Vital statistics of India. Vol. V, Reports of 1876 on armies & jails and on epidemic cholera
Year: 1876
Disease focus: Cholera
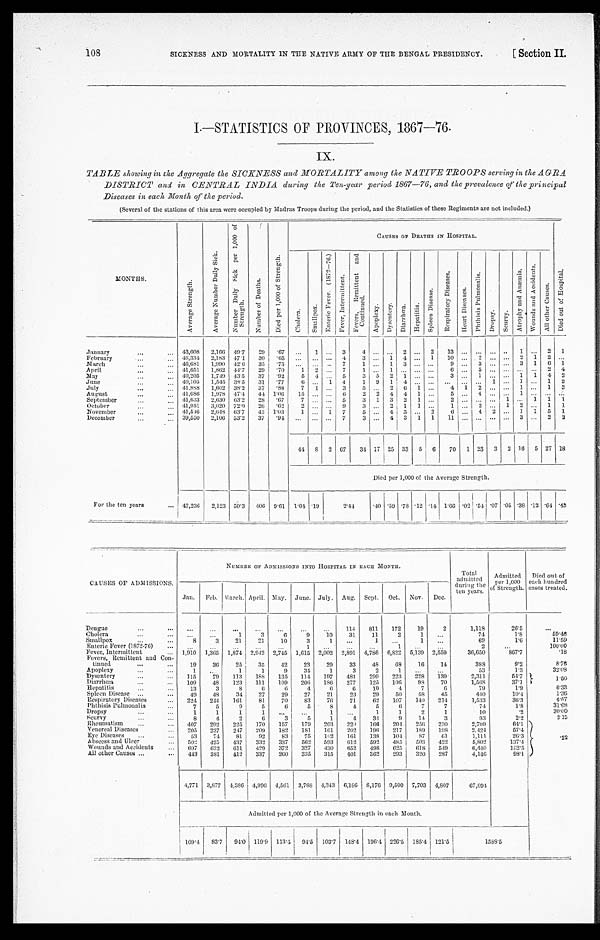
SICKNESS AND MORTALITY IN THE NATIVE ARMY OF THE BENGAL PRESIDENCY.
[Section II.
108
I.—STATISTICS OF PROVINCES, 1867—76.
IX.
TABLE showing in the Aggregate the SICKNESS and MORTALITY among the NATIVE TROOPS serving in the AGRA.
DISTRICT and in C ENTRAL INDIA during the Ten-year period 1867—76, and the prevalence of the principal
Diseases in each Month of the period.
(Several of the stations of this area were occupied by Madras Troops during the period, and the Statistics of these Regiments are not included.)
MONTHS.
A v e r a g e S t r e n g t h .
A v e r a g e N u m b e r D a i l y S i c k .
N u m b e r D a i l y S i c k p e r 1 , 0 0 0 o f S t r e n g t h .
N u m b e r o f D e a t h .
D i e d p e r 1 , 0 0 0 o f s t r e n g t h .
CAUSES OF DEATHS IN HOSPITAL.
D i e d o u t o f H o s p i t a l .
C h o l e r a .
S m a l l p o x .
E n t e r i c F e v e r . ( 1 8 7 2 - 7 6 . )
F e v e r I n t e r m i t t e n t . .
F e v e r , R e m i t t e n t a n d C o n t i n u e d .
A p o p l e x y .
D y s e n t e r y .
D i a r r h œ a .
H e p a t i t i s .
S p l e e n D i s e a s e .
R e s p i r a t o r y D i s e a s e s .
H e a r t D i s e a s e s .
P h t h i s i s P u l m o n a l i s .
D r o p s y .
S c u r v y .
A t r o p h y a n d A n æ m i a .
W o u n d s a n d A c c i d e n t s .
A l l o t h e r C a u s e s .
January . . .
43,608
2,166
49.7
29
.67
. . .
1
. . . 3
4
. . .. . .
2
. . .
2
1 3
. . .
. . .
. . .
. . .
1
. . .2
1
February. . .
46,334
2,183
47.1
30
.65
. . . . . .
. . .
4
3
. . . 1
4
. . . 1
10
. . .
2
. . .
. . . 2
1
2
. . .
March . . .
46,681
1,990
42.6
35
.75
. . .
. . .
. . . 7
1
. . . 1
3
. . .
. . .
9
. . . 3
. . .
. . . 3
1
6
1
April . . .
41,651
1,862 44.7
29
.70
1
2
. . . 7
1
. . . 1
. . .
. . .
. . .
. . .
. . .
5
. . .
. . .
. . .
. . .2
4
May . . .
40,205
1,719 43.5
37
.92
5
4
. . . 5
3
5
2
1
. . .
. . .
3
. . .
1
. . .
. . . 1
1
4
2
June . . .
40,105
1,545 38.5
31
..77
6
. . .
1
4
1
9
1
4
. . .
. . .
. . .
. . .
. . .
1
. . . 1
. . . 1
2
J u l y . . .
41,888
1,602 38.2
37
.88
7
1
. . . 3
5
. . . 2
6
1
. . .
4
1
2
. . .
. . . 1
. . . 1
3
August . . .
41,686
1,978 47.4
44 1.06
15
. . .
. . . 6
2
2
4
4
1
. . .
5
. . . 4
. . .
. . . 1
. . .. . .
. . .
S e p t e m b e r . . . 41,633
2,630
63.2
28
.67
7
. . .
. . .
5
3
1
3
2
1
. . .
2
. . .
. . .
. . . 1
. . . 1
1
1
October.. . .
41,951
3,020 72.0
26
.6 2
2
. . .
. . .
9
3
. . . 2
1
1
. . .
1
. . . 2
. . . 1
2
. . . 1
1
N o v e m b e r . . .
41,546
2,618 63.7
43
1.03
1
. . .
1
7
5
. . . 4
3
. . . 2
6
. . . 4
2
. . . 1
1
5
1
December. . .
39,550
2,106 53.2
37
.94
. . .
. . .
. . .
7
3
. . . 4
3
1
1
11
. . .
. . .
. . .
. . . 3
. . . 2
2
41
8 2 67
34 17 25 33
5
6
70
1 23
3
2 16
5 27 18
Died per 1,000 of the Average Strength.
For the ten years . . .
42,216
2,123 50.3
406
9.61
1.01 .19
2.44
.40 .59 .78 .12 .14 1.66 .02 .54 .07 .05
.38
.12 .64 .43
CAUSES OF ADMISSIONS.
NUMBER OF ADMISSIONS INTO HOSPITAL IN EACH MONTH.
Total
admitted
during the
ten years.
Admitted per
1,000
of Strength..
Died out of
each hundred
each
Jan.
Feb. March. April. May.
June. July.
Aug.
Sept.
Oct.
Nov.
Dec.
Dengue . . .
. . .
. . .
. . .
. . .
. . .
. . .
. . .
111
811
172
19
2
1,118
26.5
. . .
Cholera . . .
. . .
. . .
1
3
6
9
10
31
11
2
1
. . .
74
1.8
59. 46
Smallpox . . .
8
3
21
2 1
10
3
1
. . .
1
. . .
1
. . .
69
1.6
11.59
Enteric Fever (1872-76). . .
. . .
. . .
. . .
. . .
. . .
1
. . .
. . .
. . .
1
. . .
. . .
2
. . .
100.00
Fever, Intermittent . . .
1,910
1,365
1,874
2,942 2,745
1,615
2,002
2,891
4,786
6,822
5,139
2,559
36,650
867.7
. 1 8
Fevers, Remittent and Con
-
tinued . . .
19
36
25
35
42
23
29
33
45
68
16
11
388
9.2
876
Apoplexy. . .
1
. . .
1
1
9
34
1
3
2
1
. . .
. . .
53
1.3
32. 08
Dysentery . . .
115
79
113
188
135
114
197
481
299
223
228
139
2,311
54.7
. 1.50
Diarrhœa. . .
109
48
123
111
109
206
186
277
125
106
98
70
1,568
37.1
Hepatitis. . .
13
3
8
6
6
4
6
6
10
4
7
6
79
1.9
6.33
Spleen Disease . . .
49
48
34
27
29
27
21
23
29
50
58
45
410
10.4
1.36
Respiratory Diseases . . .
221
244
161
81
70
83
76
71
62
107
140
214
1,533
36.3
4.57
Phthisis Pulmonalis . . .
7
5
9
5
6
5
8
4
5
6
7
7
74
1.8
31.08
Dropsy . . .
1
1
1
1
. . .
1
. . .
1
1
2
1
10
.2
30.00
Scurvy. . .
8
4
2
6
3
5
1
4
34
9
14
3
93
2.2
2.15
Rheumatism . . .
407
292
225
170
157
179
203
220
166
204
256
230
2,709
64.1
. 2 2
Venereal Diseases. . .
205
237
247
209
182
181
161
202
196
217
189
198
2,424
57.4
Eye Diseases . . .
53
74
81
92
83
75
102
161
138
104
87
61
1,111
26.3
Abscess and Ulcer . . .
502
425
437
332
337
562
593
612
592
485
503
422
5,802
137.4
Wounds and Accidents . . .
697
632
611
429
372
327
430
652
498
625
618
549
6,440
152.5
All other Causes . . .
4 4 3
381
412
337
260
335
315
401
362
293
320
287
4,146
98.1
4,771
3,877
4,386 4,996 4,561
3,788 4,343
6,186
8,176 9,500
7,703
4,807
67,094
Admitted per 1,000 of the Average Strength in each Month.
109.4
83.7
94.0 119.9 119.9
94.5
103.7
148.4
196.4 226.5
185.4
121.5
1588.5